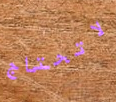
لاتحتاج